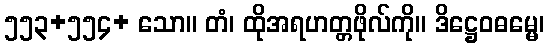
၅၅၃+၅၅၄+ သော။ တံ၊ ထိုအရဟတ္တဖိုလ်ကို။ ဒိဋ္ဌေဝဓမ္မေ၊